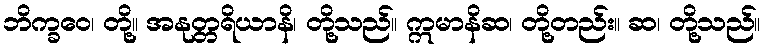
ဘိက္ခဝေ၊ တို့။ အနုတ္တရိယာနိ၊ တို့သည်။ ဣမာနိဆ၊ တို့တည်း။ ဆ၊ တို့သည်။